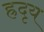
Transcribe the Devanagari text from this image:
ह्रदृय